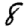
Digit: 8